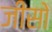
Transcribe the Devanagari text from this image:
जींसो